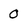
Character: 0